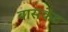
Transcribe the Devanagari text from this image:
बासकेंट